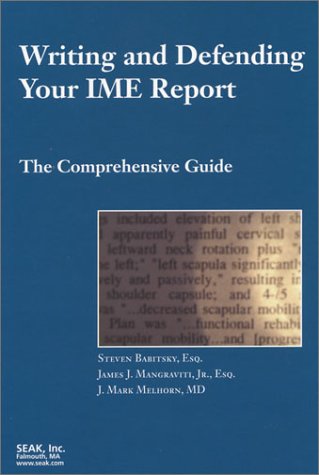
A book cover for Writing and Defending Your IME Report: The Comprehensive Guide; Steven Babitsky; Law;